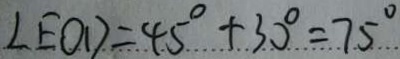
\angle E O D = 4 5 ^ { \circ } + 3 0 ^ { \circ } = 7 5 ^ { \circ }